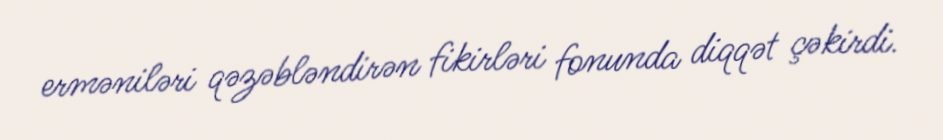
erməniləri qəzəbləndirən fikirləri fonunda diqqət çəkirdi.